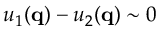
u _ { 1 } ( \mathbf { q } ) - u _ { 2 } ( \mathbf { q } ) \sim 0